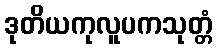
ဒုတိယကုလူပကသုတ္တံ